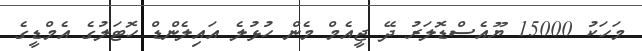
މަހަކު 15000 ޔޫއެސްޑޮލަރު ދޭ ޖީއެމް މެން ހުޅުލެ އައިލެންޑް ހޮޓަލުގެ އެމްޑީގެ